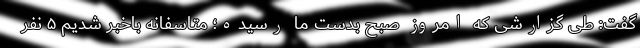
گفت: طی گزارشی که امروز صبح بدست ما رسیده؛ متاسفانه باخبر شدیم ۵ نفر